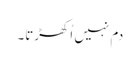
دم نہیں اُکھڑتا۔